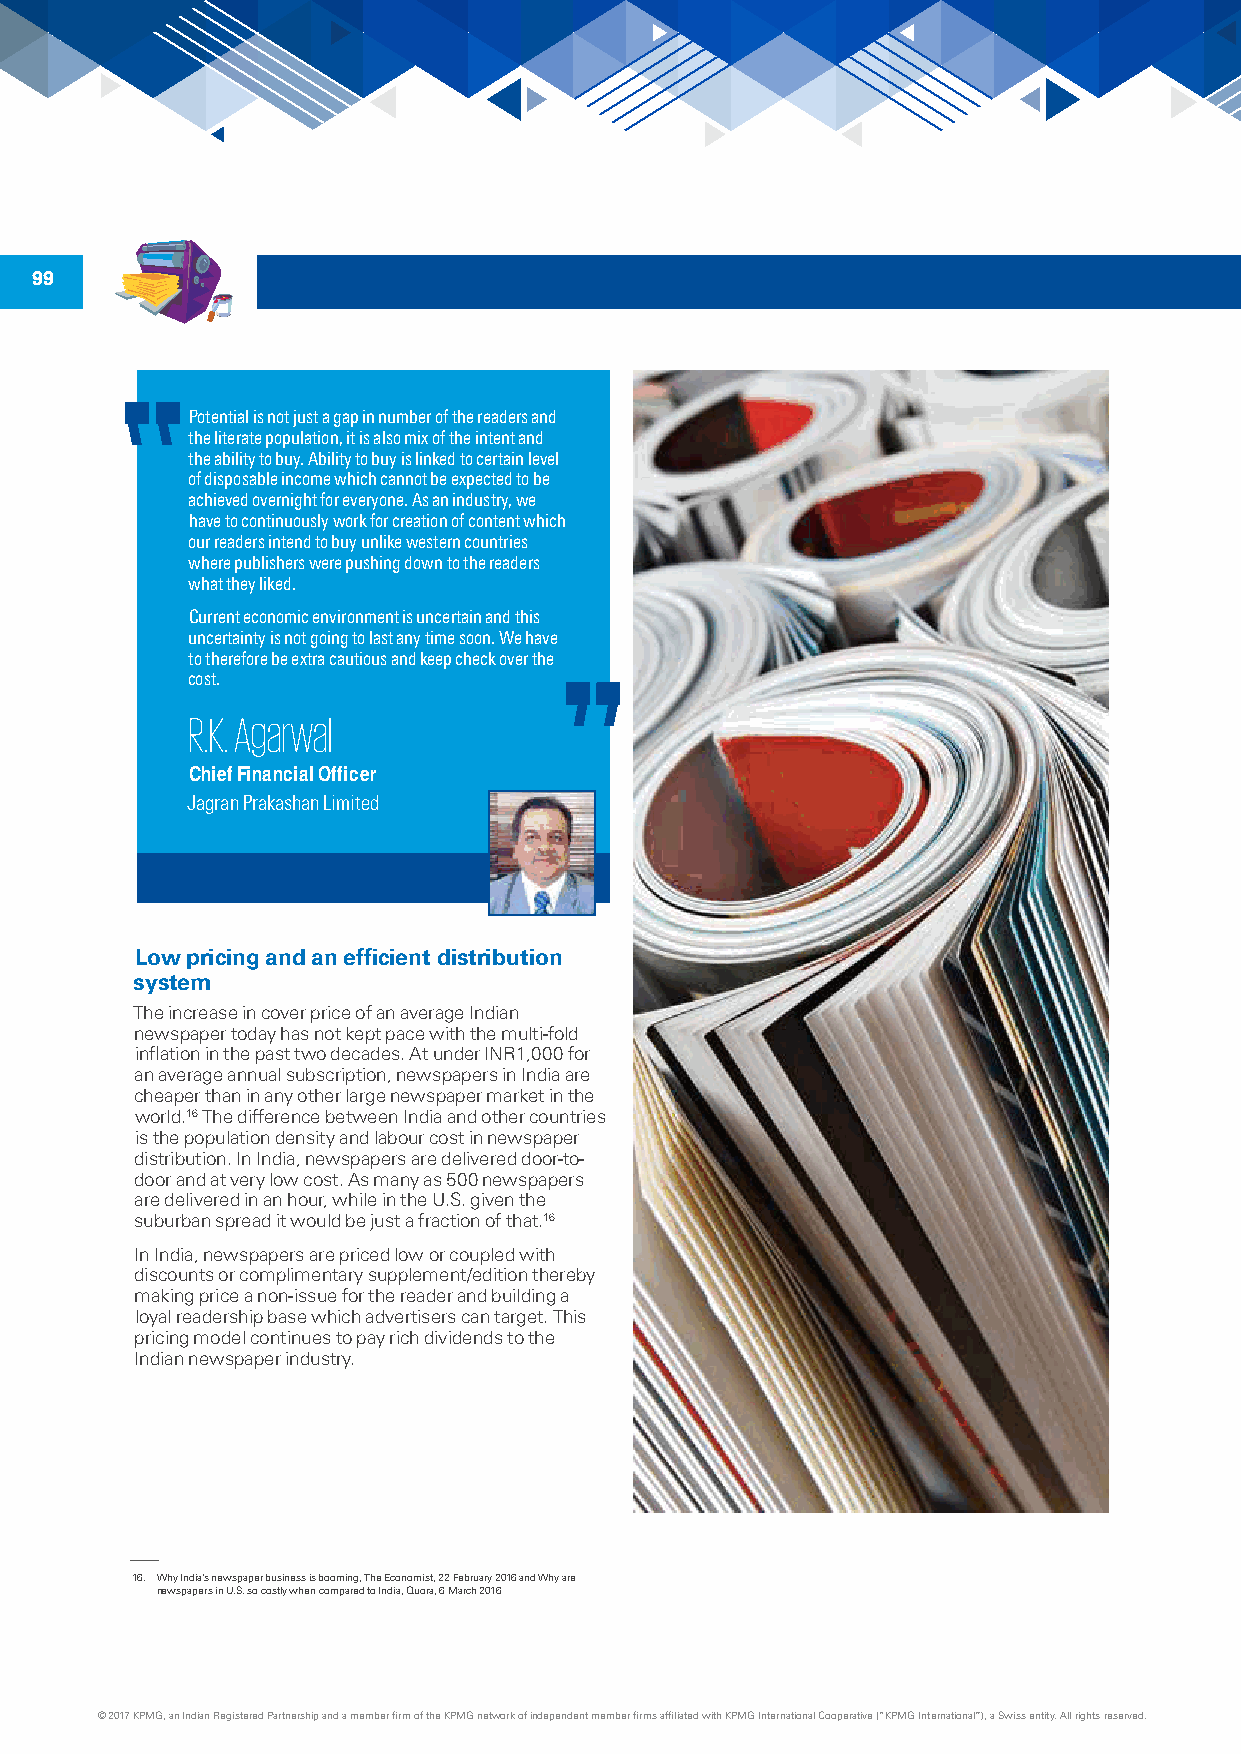
99
 Potential is not just a gap in number of the readers and
 the literate population, it is also mix of the intent and
 the ability to buy. Ability to buy is linked to certain level
 of disposable income which cannot be expected to be
 achieved overnight for everyone. As an industry, we
 have to continuously work for creation of content which
 our readers intend to buy unlike western countries
 where publishers were pushing down to the readers
 what they liked.
 Current economic environment is uncertain and this
 uncertainty is not going to last any time soon. We have
 to therefore be extra cautious and keep check over the
 cost.
 R.K. Agarwal
 Chief Financial Officer
 Jagran Prakashan Limited
 Low pricing and an efficient distribution
 system
 The increase in cover price of an average Indian
 newspaper today has not kept pace with the multi-fold
 inflation in the past two decades. At under INR1,000 for
 an average annual subscription, newspapers in India are
 cheaper than in any other large newspaper market in the
 world.16 The difference between India and other countries
 is the population density and labour cost in newspaper
 distribution. In India, newspapers are delivered door-to-
 door and at very low cost. As many as 500 newspapers
 are delivered in an hour, while in the U.S. given the
 suburban spread it would be just a fraction of that.16
 In India, newspapers are priced low or coupled with
 discounts or complimentary supplement/edition thereby
 making price a non-issue for the reader and building a
 loyal readership base which advertisers can target. This
 pricing model continues to pay rich dividends to the
 Indian newspaper industry.
 16. Why India’s newspaper business is booming, The Economist, 22 February 2016 and Why are
 newspapers in U.S. so costly when compared to India, Quora, 6 March 2016
 © 2017 KPMG, an Indian Registered Partnership and a member firm of the KPMG network of independent member firms affiliated with KPMG International Cooperative (“KPMG International”), a Swiss entity. All rights reserved.